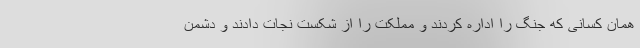
همان کسانی که جنگ را اداره کردند و مملکت را از شکست نجات دادند و دشمن